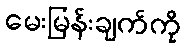
မေးမြန်းချက်ကို